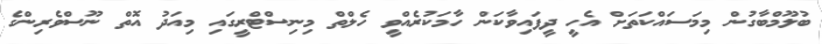
ބުލޫމްބާގުން މިމަސައްކަތަށް އެހީ ދީފައިވާކަން ހާމަކުރެއްވީ ހެލްތް މިނިސްޓްރީގައި މިއަދު އޮތް ނޫސްވެރިންގެ